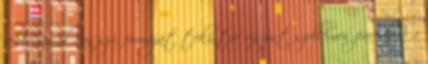
reklámjáról van szó, formáját tekintve viszont szellemes paródiája a